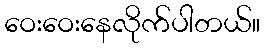
ဝေးဝေးနေလိုက်ပါတယ်။